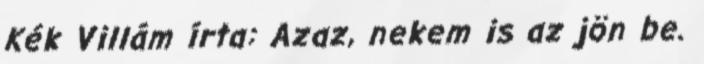
Kék Villám írta: Azaz, nekem is az jön be.